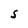
Character: S